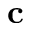
\bf c